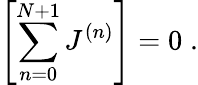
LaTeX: \left[\sum_{n=0}^{N+1}J^{(n)}\right]=0\; .